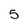
Character: 5